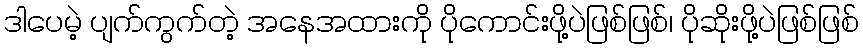
ဒါပေမဲ့ ပျက်ကွက်တဲ့ အနေအထားကို ပိုကောင်းဖို့ပဲဖြစ်ဖြစ်၊ ပိုဆိုးဖို့ပဲဖြစ်ဖြစ်